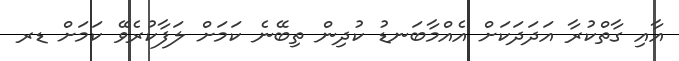
އާއި ގާތްކުރާ އަދަދަކަށް އެއްމާބަނޑު ކުދިން ތިބޭނެ ކަމަށް ލަފާކުރެވޭ ކަމަށް ޑރ